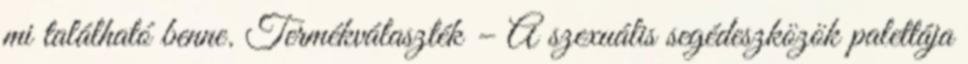
mi található benne. Termékválaszték – A szexuális segédeszközök palettája